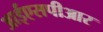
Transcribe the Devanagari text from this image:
आईएसपीआर